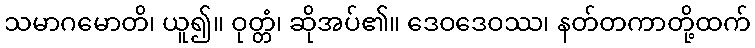
သမာဂမောတိ၊ ယူ၍။ ဝုတ္တံ၊ ဆိုအပ်၏။ ဒေဝဒေဝဿ၊ နတ်တကာတို့ထက်